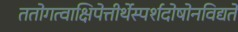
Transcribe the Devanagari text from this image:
ततोगत्वाक्षिपेत्तीर्थेस्पर्शदोषोनविद्यते